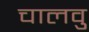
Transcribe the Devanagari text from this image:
चालवु